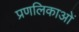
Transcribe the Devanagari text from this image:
प्रणलिकाओं